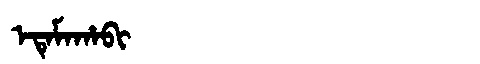
Manchu: ᡝᡨᡝᠮᠠᡥᠠᠪᡳ
Romanization: ETEMAHABI